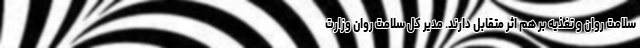
سلامت روان و تغذیه بر هم اثر متقابل دارند. مدیر کل سلامت روان وزارت